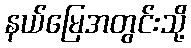
နယ်မြေအတွင်းသို့